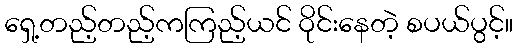
ရှေ့တည့်တည့်ကကြည့်ယင် ဝိုင်းနေတဲ့ စပယ်ပွင့်။